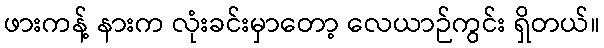
ဖားကန့် နားက လုံးခင်းမှာတော့ လေယာဉ်ကွင်း ရှိတယ်။